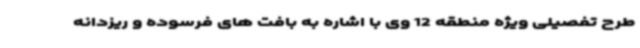
طرح تفصیلی ویژه منطقه 12 وی با اشاره به بافت های فرسوده و ریزدانه